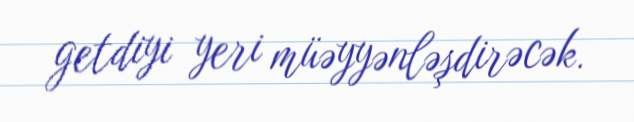
getdiyi yeri müəyyənləşdirəcək.